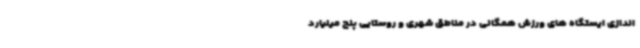
اندازی ایستگاه های ورزش همگانی در مناطق شهری و روستایی پنج میلیارد